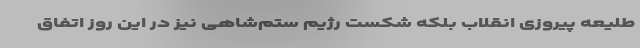
طلیعه پیروزی انقلاب بلکه شکست رژیم ستم‌شاهی نیز در این روز اتفاق